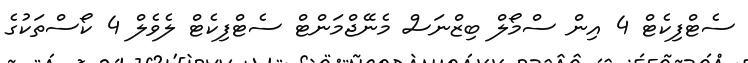
ސެޓްފިކެޓް 4 އިން ސްމޯލް ބިޒްނަސް މެނޭޖްމަންޓް ސެޓްފިކެޓް ލެވެލް 4 ކޯސްތަކުގެ